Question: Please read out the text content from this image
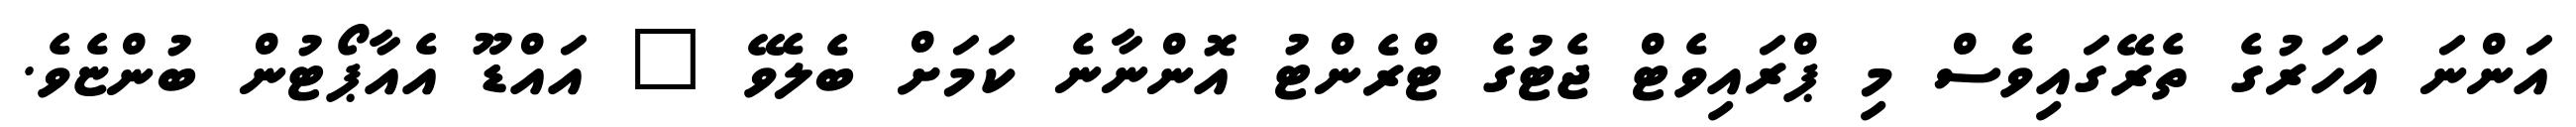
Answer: އަންނަ އަހަރުގެ ތެރޭގައިވެސް މި ޕްރައިވެޓް ޖެޓުގެ ޓްރެންޓު އޮންނާނެ ކަމަށް ބެލެވޭ " އައްޑޫ އެއާޕޯޓުން ބުންޏެވެ.